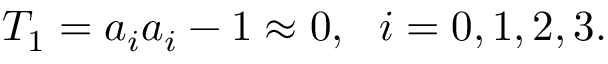
T _ { 1 } = a _ { i } a _ { i } - 1 \approx 0 , \, \, \, \, i = 0 , 1 , 2 , 3 .